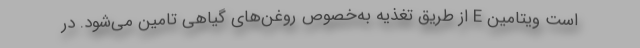
است ویتامین E از طریق تغذیه به‌خصوص روغن‌های گیاهی تامین می‌شود. در